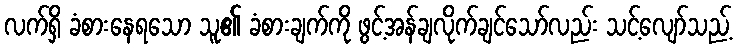
လက်ရှိ ခံစားနေရသော သူ၏ ခံစားချက်ကို ဖွင့်အန်ချလိုက်ချင်သော်လည်း သင့်လျော်သည့်